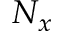
N _ { x }